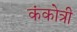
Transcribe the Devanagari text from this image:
कंकोत्री